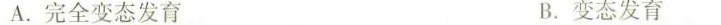
A. 完全变态发育 B. 变态发育